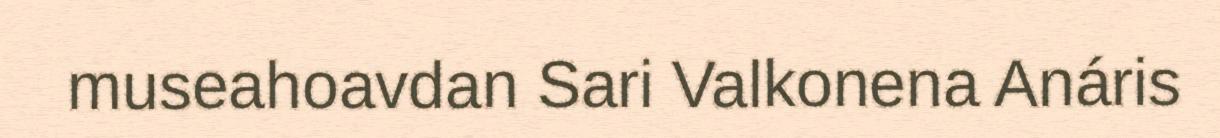
museahoavdan Sari Valkonena Anáris